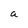
Character: a